Vaccination report Assam 1896-1927 - 1896-1927
Year: 1896
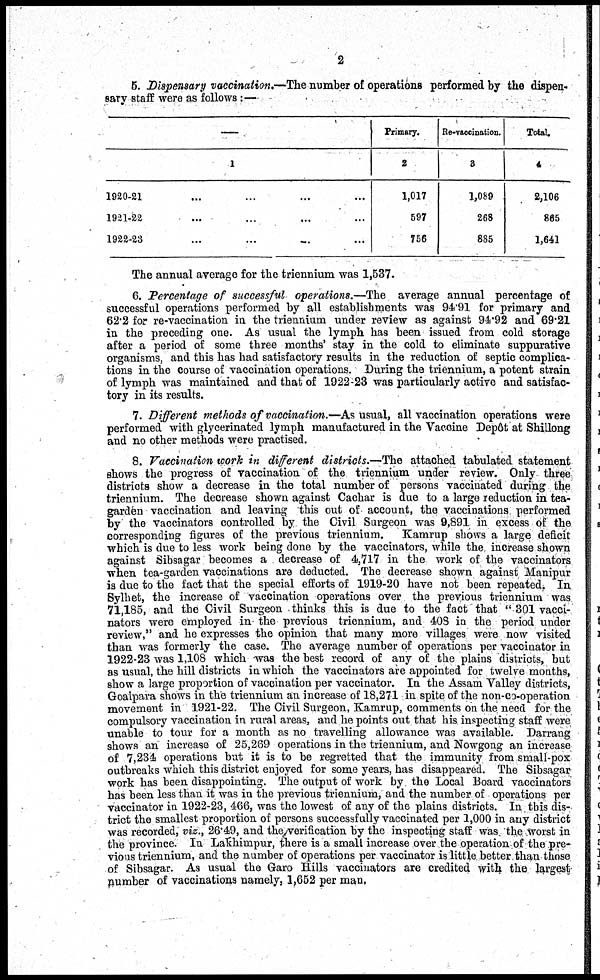
2
5. Dispensary vaccination.—The number of operations performed by the dispen-
sary staff were as follows :—
1
1920-21 ... ... ... ...
1921-22 ... ... ... ...
1922-23 ... ... ... ...
Primary.
2
1,017
597
756
Re-vaccination.
3
1,089
268
885
Total.
4
2,106
865
1,641
The annual average for the triennium was 1,537.
6. Percentage of successful operations.—The average annual percentage of
successful operations performed by all establishments was 94.91 for primary and
62.2 for re-vaccination in the triennium under review as against 94.92 and 69.21
in the preceding one. As usual the lymph has been issued from cold storage
after a period of some three months' stay in the cold to eliminate suppurative
organisms, and this has had satisfactory results in the reduction of septic complica-
tions in the course of vaccination operations. During the triennium, a potent strain
of lymph was maintained and that of 1922-23 was particularly active and satisfac-
tory in its results.
7. Different methods of vaccination.—As usual, all vaccination operations were
performed with glycerinated lymph manufactured in the Vaccine Depôt at Shillong
and no other methods were practised.
8. Vaccination work in different districts.—The attached tabulated statement
shows the progress of vaccination of the triennium under review. Only three
districts show a decrease in the total number of persons vaccinated during the
triennium. The decrease shown against Cachar is due to a large reduction in tea¬
garden vaccination and leaving this out of account, the vaccinations performed
by the vaccinators controlled by the Civil Surgeon was 9,891 in excess of the
corresponding figures of the previous triennium.
Kamrup shows a large deficit
which is due to less work being done by the vaccinators, while the increase shown
against Sibsagar becomes a decrease of 4,717 in the work of the vaccinators
when tea-garden vaccinations are deducted. The decrease shown against Manipur
is due to the fact that the special efforts of 1919-20 have not been repeated. In
Sylhet, the increase of vaccination operations over the previous triennium was
71,185, and the Civil Surgeon thinks this is due to the fact that " 301 vacci-
nators were employed in the previous triennium, and 408 in the period under
review," and he expresses the opinion that many more villages were now visited
than was formerly the case. The average number of operations per vaccinator in
1922-23 was 1,108 which was the best record of any of the plains districts, but
as usual, the hill districts in which the vaccinators are appointed for twelve months,
show a large proportion of vaccination per vaccinator. In the Assam Valley districts,
Goalpara shows in the triennium an increase of 18,271 in spite of the non-co-operation
movement in 1921-22. The Civil Surgeon, Kamrup, comments on the need for the
compulsory vaccination in rural areas, and he points out that his inspecting staff were
unable to tour for a month as no travelling allowance was available. Darrang
shows an increase of 25,269 operations in the triennium, and Nowgong an increase
of 7,234 operations but it is to be regretted that the immunity from small-pox
outbreaks which this district enjoyed for some years, has disappeared. The Sibsagar
work has been disappointing. The output of work by the Local Board vaccinators
has been less than it was in the previous triennium, and the number of operations per
vaccinator in 1922-23, 466, was the lowest of any of the plains districts. In this dis-
trict the smallest proportion of persons successfully vaccinated per 1,000 in any district
was recorded, viz., 26.49, and the verification by the inspecting staff was the worst in
the province. In Lakhimpur, there is a small increase over the operation of the pre-
vious triennium, and the number of operations per vaccinator is little better than those
of Sibsagar. As usual the Garo Hills vaccinators are credited with the largest
number of vaccinations namely, 1,652 per man,